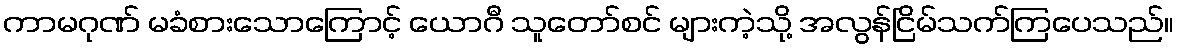
ကာမဂုဏ် မခံစားသောကြောင့် ယောဂီ သူတော်စင် များကဲ့သို့ အလွန်ငြိမ်သက်ကြပေသည်။